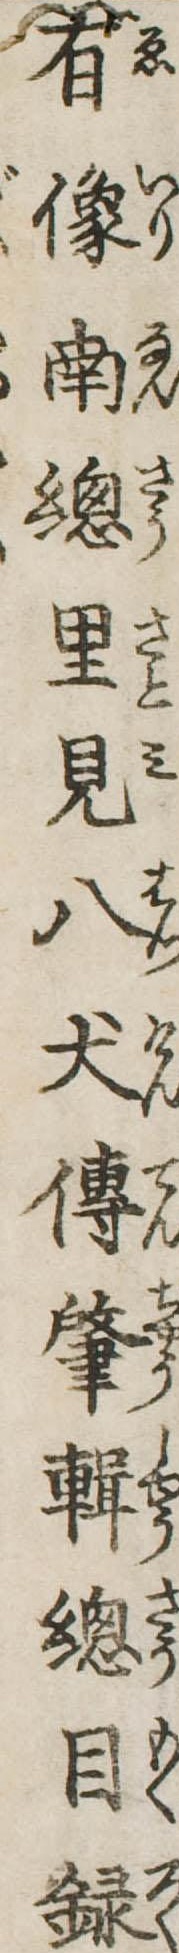
有像南総里見八犬伝肇輯総目録